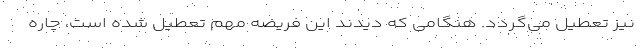
نیز تعطیل می‌گردد. هنگامی که دیدند این فریضه مهم تعطیل شده است، چاره